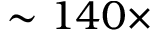
\sim 1 4 0 \times